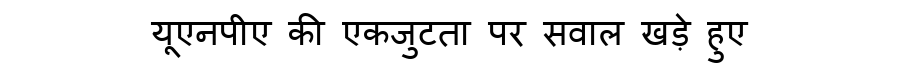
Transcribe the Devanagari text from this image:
यूएनपीए की एकजुटता पर सवाल खड़े हुए